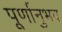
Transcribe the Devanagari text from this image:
पूर्णानुभव